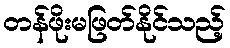
တန်ဖိုးမဖြတ်နိုင်သည့်